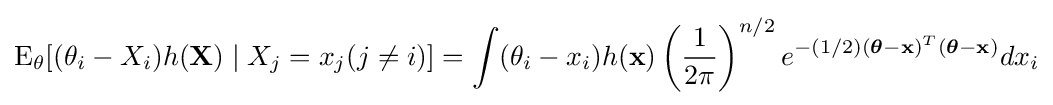
\operatorname {E} _{\theta }[(\theta _{i}-X_{i})h(\mathbf {X} )\mid X_{j}=x_{j}(j\neq i)]=\int (\theta _{i}-x_{i})h(\mathbf {x} )\left({\frac {1}{2\pi }}\right)^{n/2}e^{-(1/2)({\boldsymbol {\theta }}-\mathbf {x} )^{T}({\boldsymbol {\theta }}-\mathbf {x} )}dx_{i}